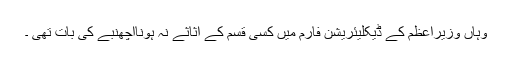
وہاں وزیراعظم کے ڈیکلیئریشن فارم میں کسی قسم کے اثاثے نہ ہونااچھنبے کی بات تھی ۔